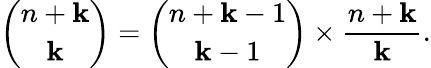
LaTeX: {\binom{n+\mathbf{k}}{\mathbf{k}}}={\binom{n+\mathbf{k}-1}{\mathbf{k}-1}}\times{\frac{{n+\mathbf{k}}}{{\mathbf{k}}}}.